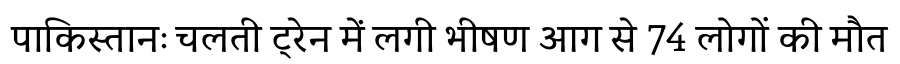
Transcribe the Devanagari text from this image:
पाकिस्तानः चलती ट्रेन में लगी भीषण आग से 74 लोगों की मौत